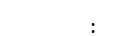
: